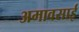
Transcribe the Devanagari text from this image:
अमावसाई